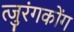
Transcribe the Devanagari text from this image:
त्जुरंगकोंग